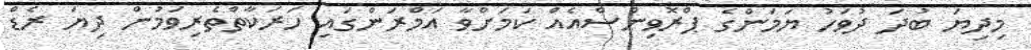
މިދިޔަ ބުދަ ދުވަހު ޔަމަންގެ ޕްރޮވިންސްއެއް ކަމަށްވާ އަމްރަންގައި ހަރަކާތްތެރިވަމުން ދިޔަ ރެޑް